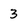
Character: 3